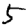
Digit: 5